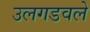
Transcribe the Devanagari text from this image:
उलगडवले